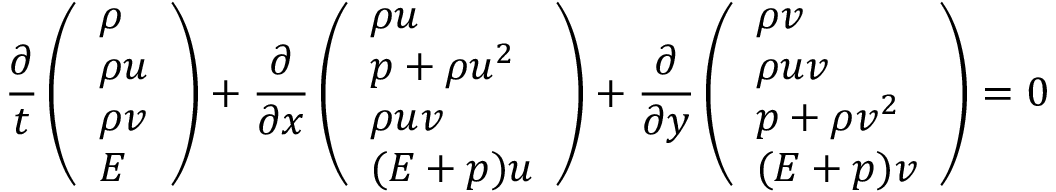
\frac { \partial } { t } \left( \begin{array} { l } { \rho } \\ { \rho u } \\ { \rho v } \\ { E } \end{array} \right) + \frac { \partial } { \partial x } \left( \begin{array} { l } { \rho u } \\ { p + \rho u ^ { 2 } } \\ { \rho u v } \\ { ( E + p ) u } \end{array} \right) + \frac { \partial } { \partial y } \left( \begin{array} { l } { \rho v } \\ { \rho u v } \\ { p + \rho v ^ { 2 } } \\ { ( E + p ) v } \end{array} \right) = 0